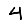
Digit: 4